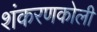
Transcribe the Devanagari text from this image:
शंकरणकोली